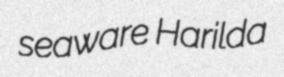
seaware Harilda